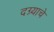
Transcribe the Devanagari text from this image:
दग्र्याचे